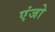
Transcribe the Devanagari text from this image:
एंजो